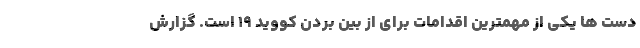
دست ها یکی از مهمترین اقدامات برای از بین بردن کووید ۱۹ است. گزارش